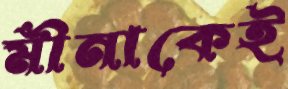
মীনাকেই